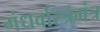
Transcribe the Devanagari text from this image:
गंधर्वास्त्रमंत्र